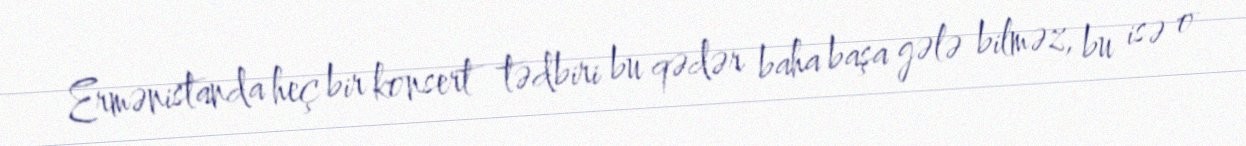
Ermənistanda heç bir konsert tədbiri bu qədər baha başa gələ bilməz, bu isə o